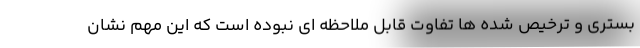
بستری و ترخیص شده ها تفاوت قابل ملاحظه ای نبوده است که این مهم نشان